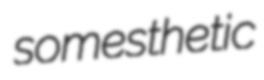
somesthetic